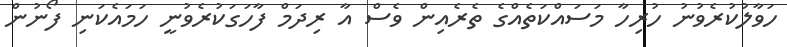
ހަވާލުކުރެވުނު ހުރިހާ މަސައްކަތެއްގެ ތެރެއިން ވެސް އާ ރިދަމް ފާހަގަކުރެވުނީ ހަމައެކަނި ފޯނުން